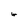
Character: w